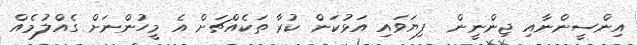
އިންސީންނާއި ޖިންނީން  ފިޔަވައި އަޅުކަން ކުރާ ތަކެއްޗަށް އެ މީހުންނަށް ގެއްލުމެއް